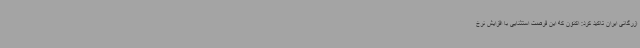
ازرگانی ایران تاکید کرد: اکنون که این فرصت استثنایی با افزایش نرخ